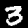
Digit: 3